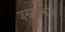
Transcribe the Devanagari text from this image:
जनकात्मजा